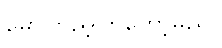
မော်ကြည့်ကြတော့မည်။